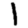
Digit: 1